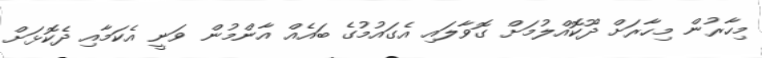
މިހާރުން މިހާރަށް ދޫކޮއްލުމަށް ގޮވާލައި އެގައުމުގެ ބައެއް އާންމުން ވަނީ އެކަމާއި ދެކޮޅަށް